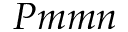
P m m n